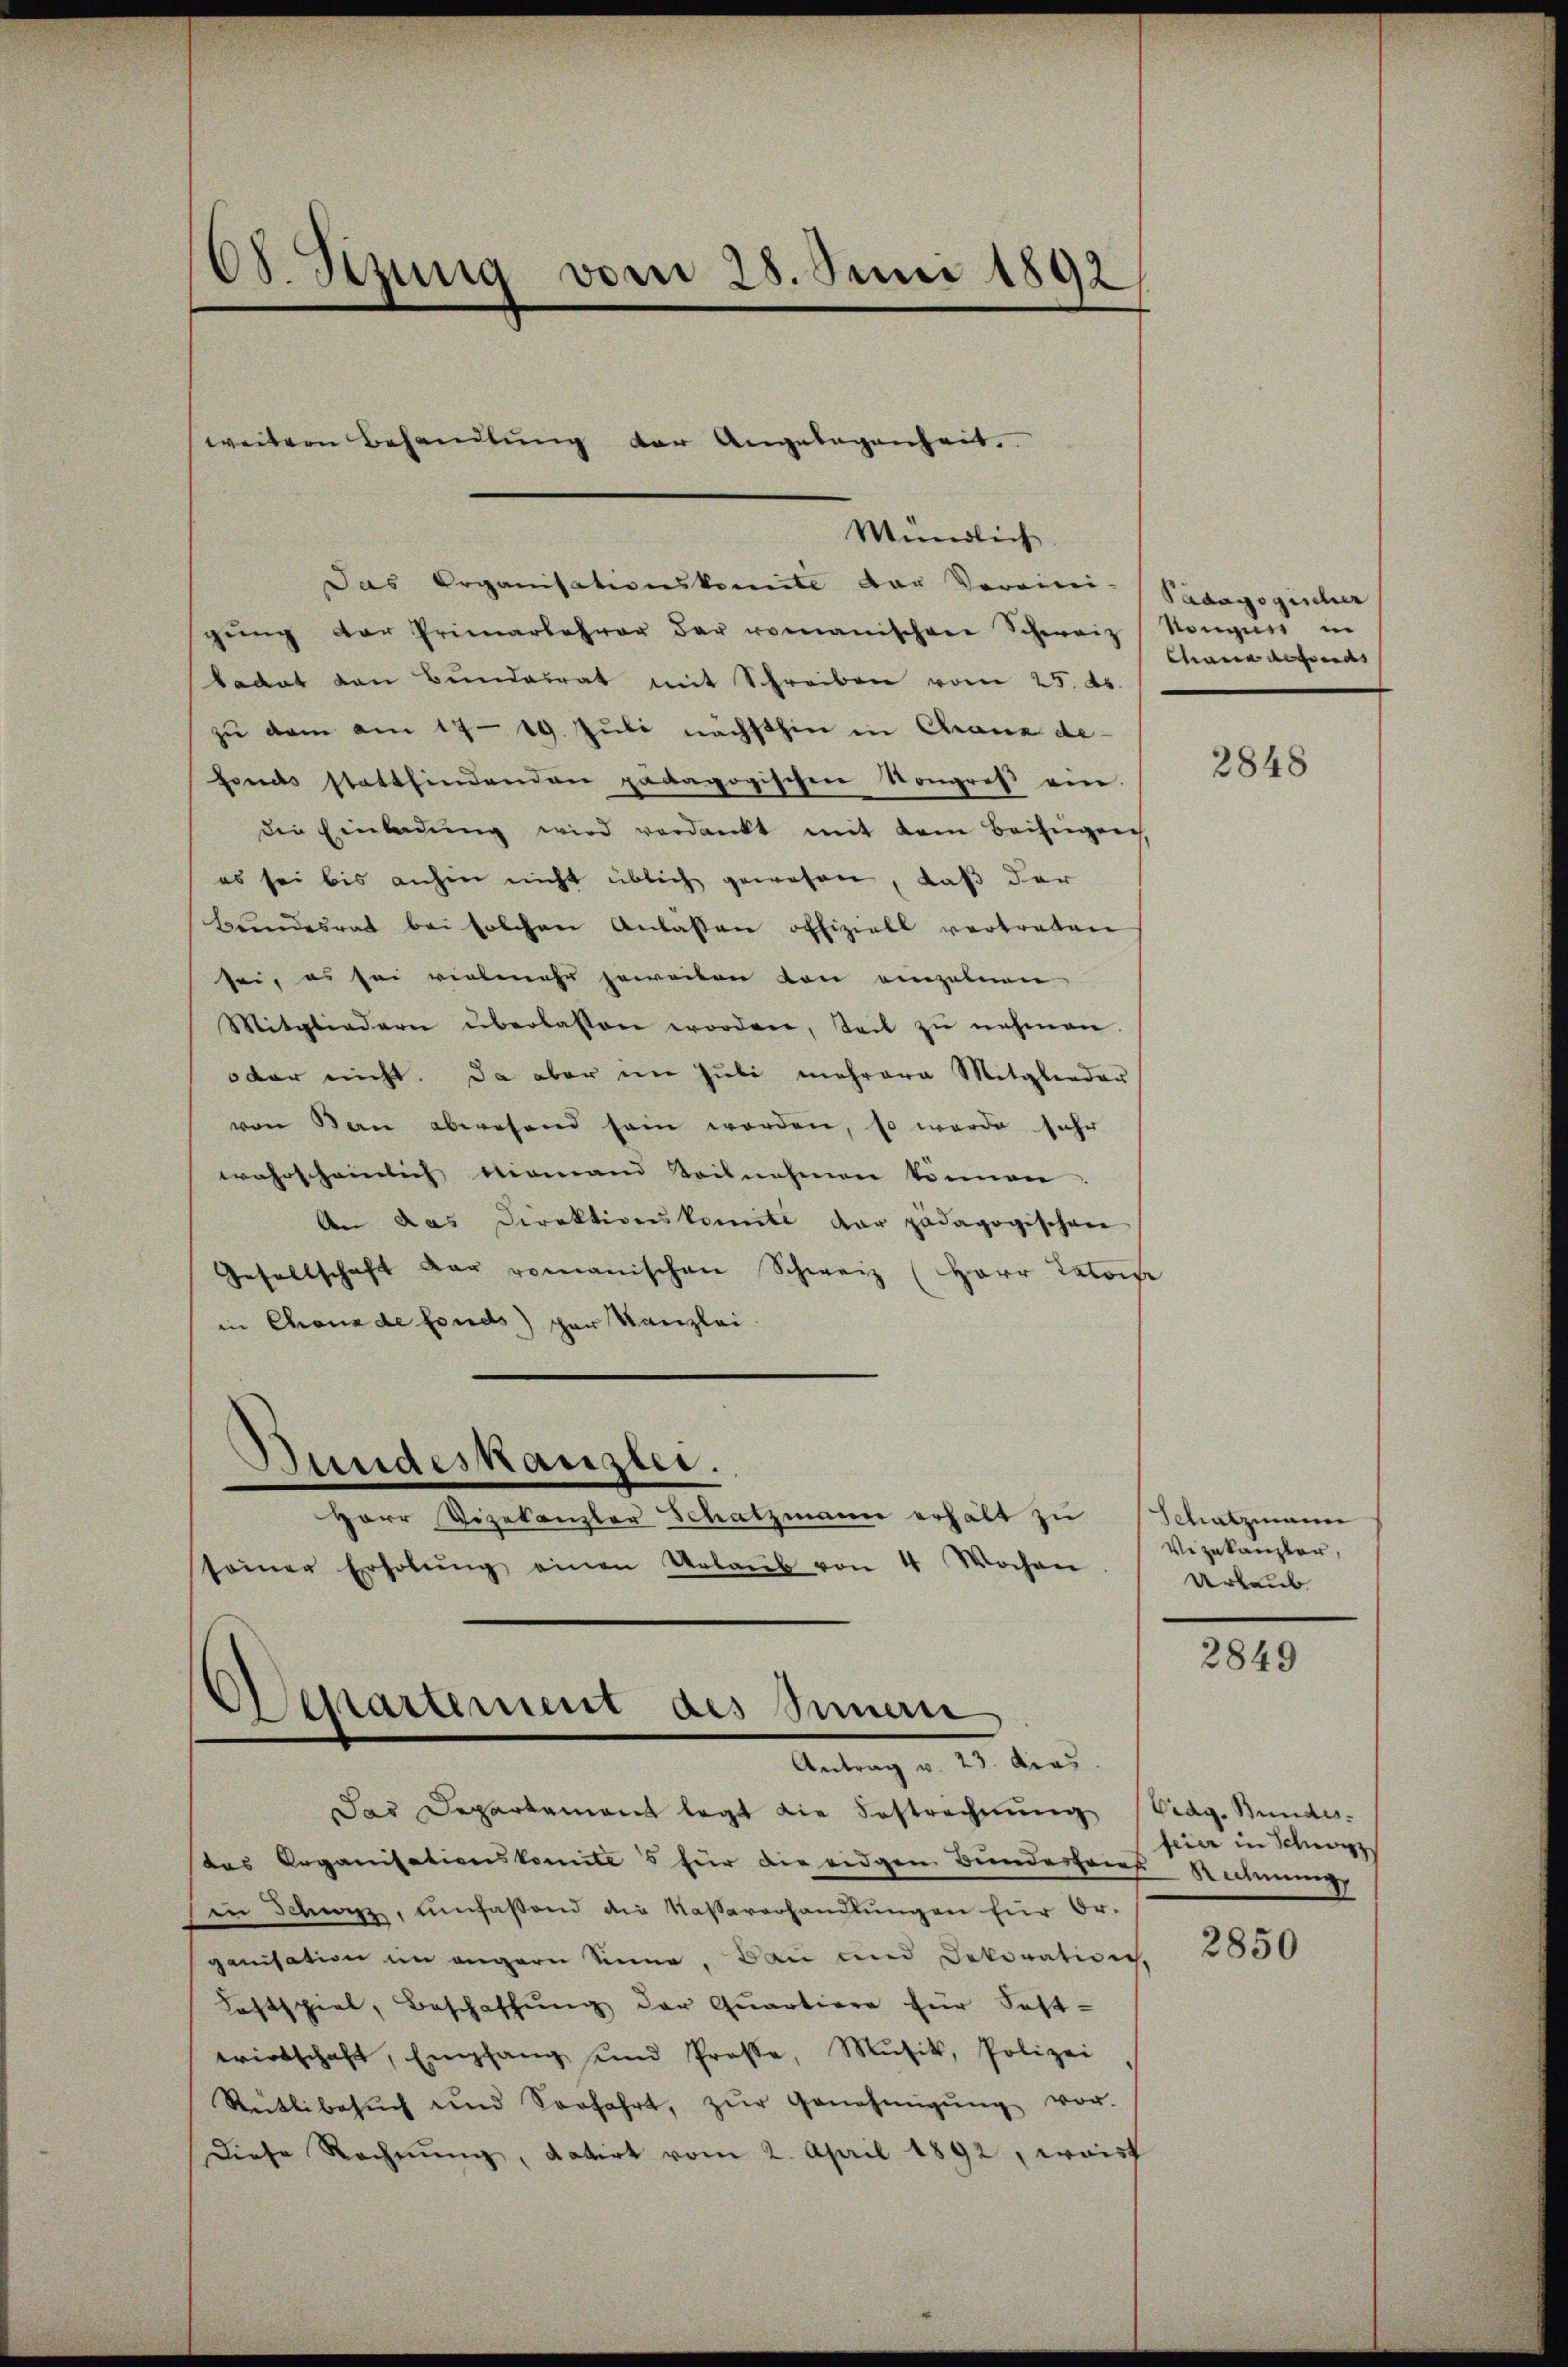
68. Szung vom 28. Juni 1892

weitern Behandlŭng der Angelegenheit.

Mündlich
Das Organisationskomite der Vereini-
gŭng der Primarlehrer der romanischen Schweiz Stonguss in
tedat von Bŭndesrat mit Schreiben vom 25. ds.
zu dem am 17. 19. Juli nächsthin in Chana de-
fonds stattfindenden pädagogischen Kongreß ein
die Einladŭng wird verdankt mit dem Beifügen
es sei bis anhin nicht üblich gewesen, daß der
Bŭndesrat bei solchen Anlassen offiziell vertreten
sei, es sei vielmehr geweiten von einzelnen
Mitgliedern überlassen worden, teil zŭ nehmen.
oder nicht. Da aber im Juli mehrere Mitglieder
von Bern abwesend sein worden, so werde sehr
wahrscheinlich niemand teilnehmen können.
An das Direktionskomite dar pädagogischen
Gesellschaft der romanischen Schweiz (Herr Patows
in Chonade fonds par Kanzlei
Bundeskanzlei.
Herr Vizekanzler Schatzmann erhält zu
seiner Erholŭng einen Urlaŭb von 4 Wochen

Asestartement des Innen
Antrag v. 23. dies

Das Departement legt die Bestrechnung
das Organisationskomités für die eidgen Bundesfeier-Rechnung
in Schwyz, umfaßend die Kassererhandlungen für Organisation im angern Sinne, Bau und Dekoration
Lastspiel, Beschaffŭng der Qŭartiere für Fest-
wirtschaft, Empfang und Prose, Mŭsik, Polizei
Rütlibesŭch und Seefahrt, zŭr Genehmigŭng vor.
Diese Rechnŭng, datirt vom 2. April 1892, weis

Pädagogischer
Chane desserds

2848

Schatzmann
Vezakanzler,
Urlaub

2849

Vidg. Bundes.
feier in Schwyz

2850